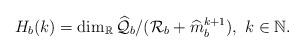
LaTeX: \begin{gather*}H_{b}(k)=\mbox{dim}_{\mathbb{R}}\,\widehat{\mathcal{Q}}_{b}/(\mathcal{R}_{b}+\widehat{m}_{b}^{k+1}),\,\,k\in\mathbb{N}.\end{gather*}